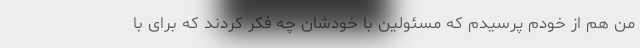
من هم از خودم پرسیدم که مسئولین با خودشان چه فکر کردند که برای با